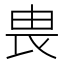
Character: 𪽉